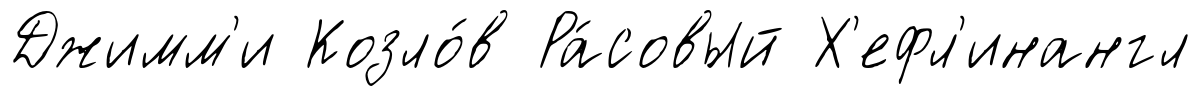
Джимм'и Козло́в Ра́совый Х'ефл'инангл